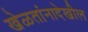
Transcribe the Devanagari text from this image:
खेळतांनादेखील